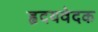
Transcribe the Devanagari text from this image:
हृदयवेदक